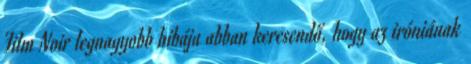
Film Noir legnagyobb hibája abban keresendő, hogy az iróniának